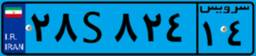
۱۷S۴۰۷۸۱